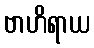
ဗာဟိရာယ